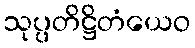
သုပ္ပတိဋ္ဌိတံယေဝ